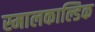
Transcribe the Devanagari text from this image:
स्मालकाल्डिक